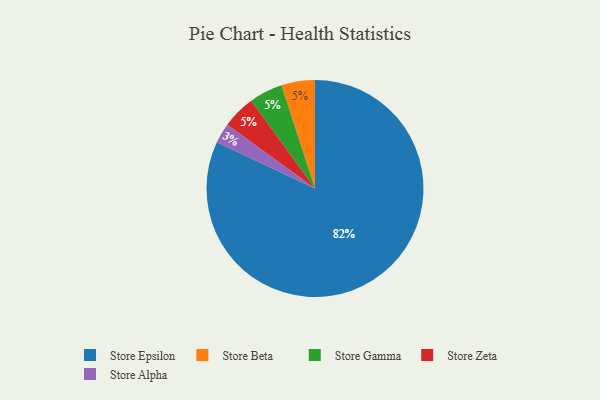
{"axis": {"x": "Category", "y": "Percentage"}, "legend": ["Store Alpha", "Store Beta", "Store Epsilon", "Store Gamma", "Store Zeta"], "data": [{"x": "Store Beta", "y": 5, "type": "Store Beta"}, {"x": "Store Epsilon", "y": 82, "type": "Store Epsilon"}, {"x": "Store Gamma", "y": 5, "type": "Store Gamma"}, {"x": "Store Alpha", "y": 3, "type": "Store Alpha"}, {"x": "Store Zeta", "y": 5, "type": "Store Zeta"}]}